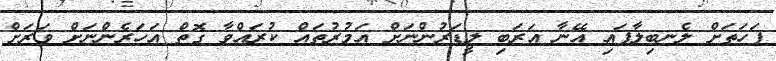
ފަހަތަށް ލެނބިލާފައި އޭނާ އަރަބި ލީޑަރުންނަށް އަމުރުތައް ކުރައްވާ ގޮތް އަހަރެންނަށް ވަރަށް